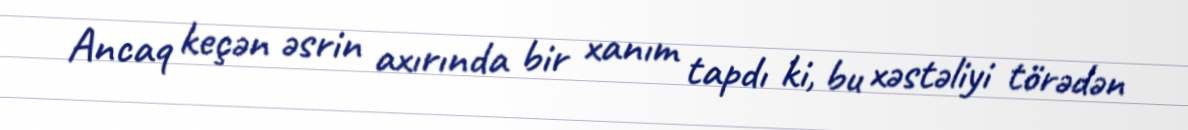
Ancaq keçən əsrin axırında bir xanım tapdı ki, bu xəstəliyi törədən